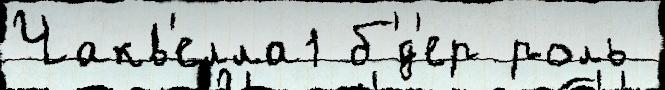
Чакв'елла1 б'́д'ер роль